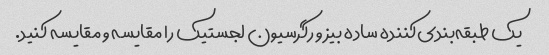
یک طبقه‌بندی‌کننده ساده بیز و رگرسیون لجستیک را مقایسه و مقایسه کنید.